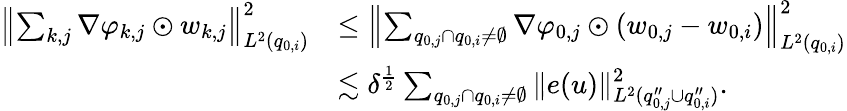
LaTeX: \begin{array}{rl}{\left\| \sum_{k,j}\nabla\varphi_{k,j}\odot w_{k,j}\right\| _{L^{2}(q_{0,i})}^{2}}&{\le\left\| \sum_{q_{0,j}\cap q_{0,i}\neq\emptyset}\nabla\varphi_{0,j}\odot(w_{0,j}-w_{0,i})\right\| _{L^{2}(q_{0,i})}^{2}}\\ &{\lesssim\delta^{\frac{1}{2}}\sum_{q_{0,j}\cap q_{0,i}\neq\emptyset}\| e(u)\| _{L^{2}(q_{0,j}^{\prime\prime}\cup q_{0,i}^{\prime\prime})}^{2}.}\end{array}